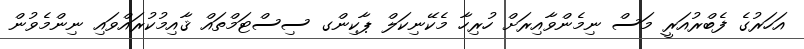
އަހަރުގެ ފެބްރުއަރީ މަސް ނިމެންވާއިރަށް ހުރިހާ މެކޭނިކަލް ޕާކިންގ ސިސްޓަމްތައް ޤާއިމުކުރައްވައި ނިންމެވުން